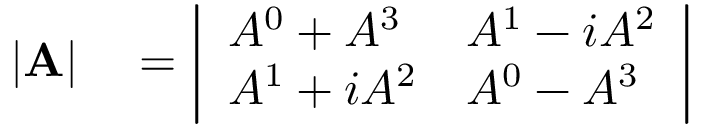
\begin{array} { r l } { | \mathbf { A } | } & { { } = { \left| \begin{array} { l l } { A ^ { 0 } + A ^ { 3 } } & { A ^ { 1 } - i A ^ { 2 } } \\ { A ^ { 1 } + i A ^ { 2 } } & { A ^ { 0 } - A ^ { 3 } } \end{array} \right| } } \end{array}